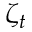
\zeta _ { t }